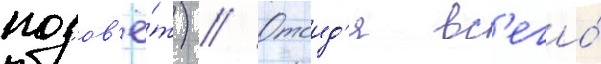
позов'ё́т) // Отоид'я вс'его́